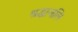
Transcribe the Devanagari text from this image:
श्रद्धाजलि